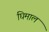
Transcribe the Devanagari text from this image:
घिमाल